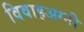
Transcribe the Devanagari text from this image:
विवाहअग्नी